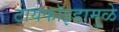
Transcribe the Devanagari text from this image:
टायफॉइडामुळे